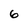
Character: 6